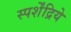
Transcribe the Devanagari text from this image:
स्पर्शेंद्रिये